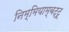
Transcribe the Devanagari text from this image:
निम्मियाम्बट्टू